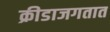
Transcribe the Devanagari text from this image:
क्रीडाजगतात